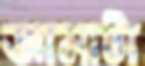
জামাটা